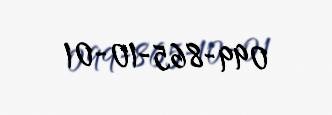
099-865-10-01